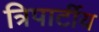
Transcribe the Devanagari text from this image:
त्रिपार्टीय